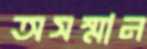
অসম্মান